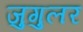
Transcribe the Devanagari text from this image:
जुगुलर